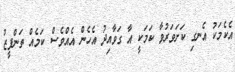
އެކެމަކު އެނގި ކަށަވަރުވާ ކަމަކީ އާ ގަވާއިދު އެހެން އެއްވެސް ކަމެއް ތަންފީޒު